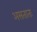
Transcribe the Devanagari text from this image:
असतातः